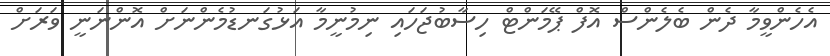
އެހެންވީމާ ދެން ބެލެންސް އޮފް ޕޭމަންޓް ހިސާބުޖަހައި ނިމުނީމާ އަޅުގަނޑުމެންނަށް އޮންނަނީ ވަރަށް